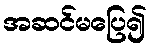
အဆင်မပြေ၍